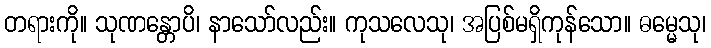
တရားကို။ သုဏန္တောပိ၊ နာသော်လည်း။ ကုသလေသု၊ အပြစ်မရှိကုန်သော။ ဓမ္မေသု၊